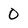
Character: 0